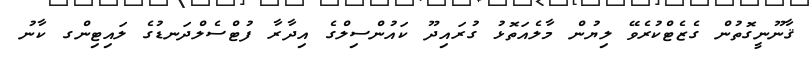
ޤާނޫނީގޮތުން ގެޒެޓްކުރެވޭ ލިޔުން މާލެއަތޮޅު ގުރައިދޫ ކައުންސިލްގެ އިދާރާ ފުޓްސެލްދަނޑުގެ ލައިޓިންގ ކާނު